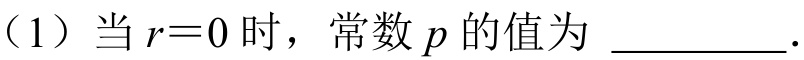
（1）当 \(r = 0\) 时，常数 \(p\) 的值为 \_\_\_\_\_\_ .